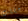
خططت